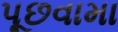
પૂછવામા